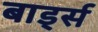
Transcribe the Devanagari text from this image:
बार्ड्स